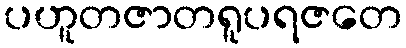
ပဟူတဇာတရူပရဇတေ